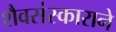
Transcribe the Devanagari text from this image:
शैवसंस्काराने